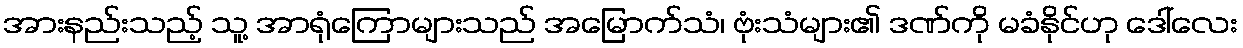
အားနည်းသည့် သူ့ အာရုံကြောများသည် အမြောက်သံ၊ ဗုံးသံများ၏ ဒဏ်ကို မခံနိုင်ဟု ဒေါ်လေး